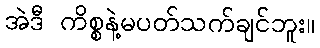
အဲဒီ ကိစ္စနဲ့မပတ်သက်ချင်ဘူး။